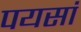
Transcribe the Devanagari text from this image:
पयसां